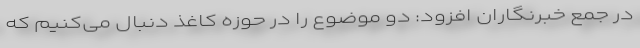
در جمع خبرنگاران افزود:‌ دو موضوع را در حوزه کاغذ دنبال می‌کنیم که